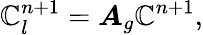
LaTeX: \mathbb{C}_{l}^{n+1}=\boldsymbol{A}_{g}\mathbb{C}^{n+1},